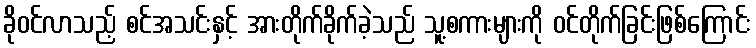
ခိုဝင်လာသည့် စင်အသင်းနှင့် အားတိုက်ခိုက်ခဲ့သည် သူ့စကားများကို ဝင်တိုက်ခြင်းဖြစ်ကြောင်း